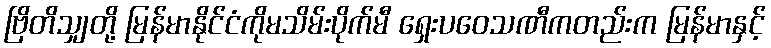
ဗြိတိသျှတို့ မြန်မာနိုင်ငံကိုမသိမ်းပိုက်မီ ရှေးပဝေသဏီကတည်းက မြန်မာနှင့်